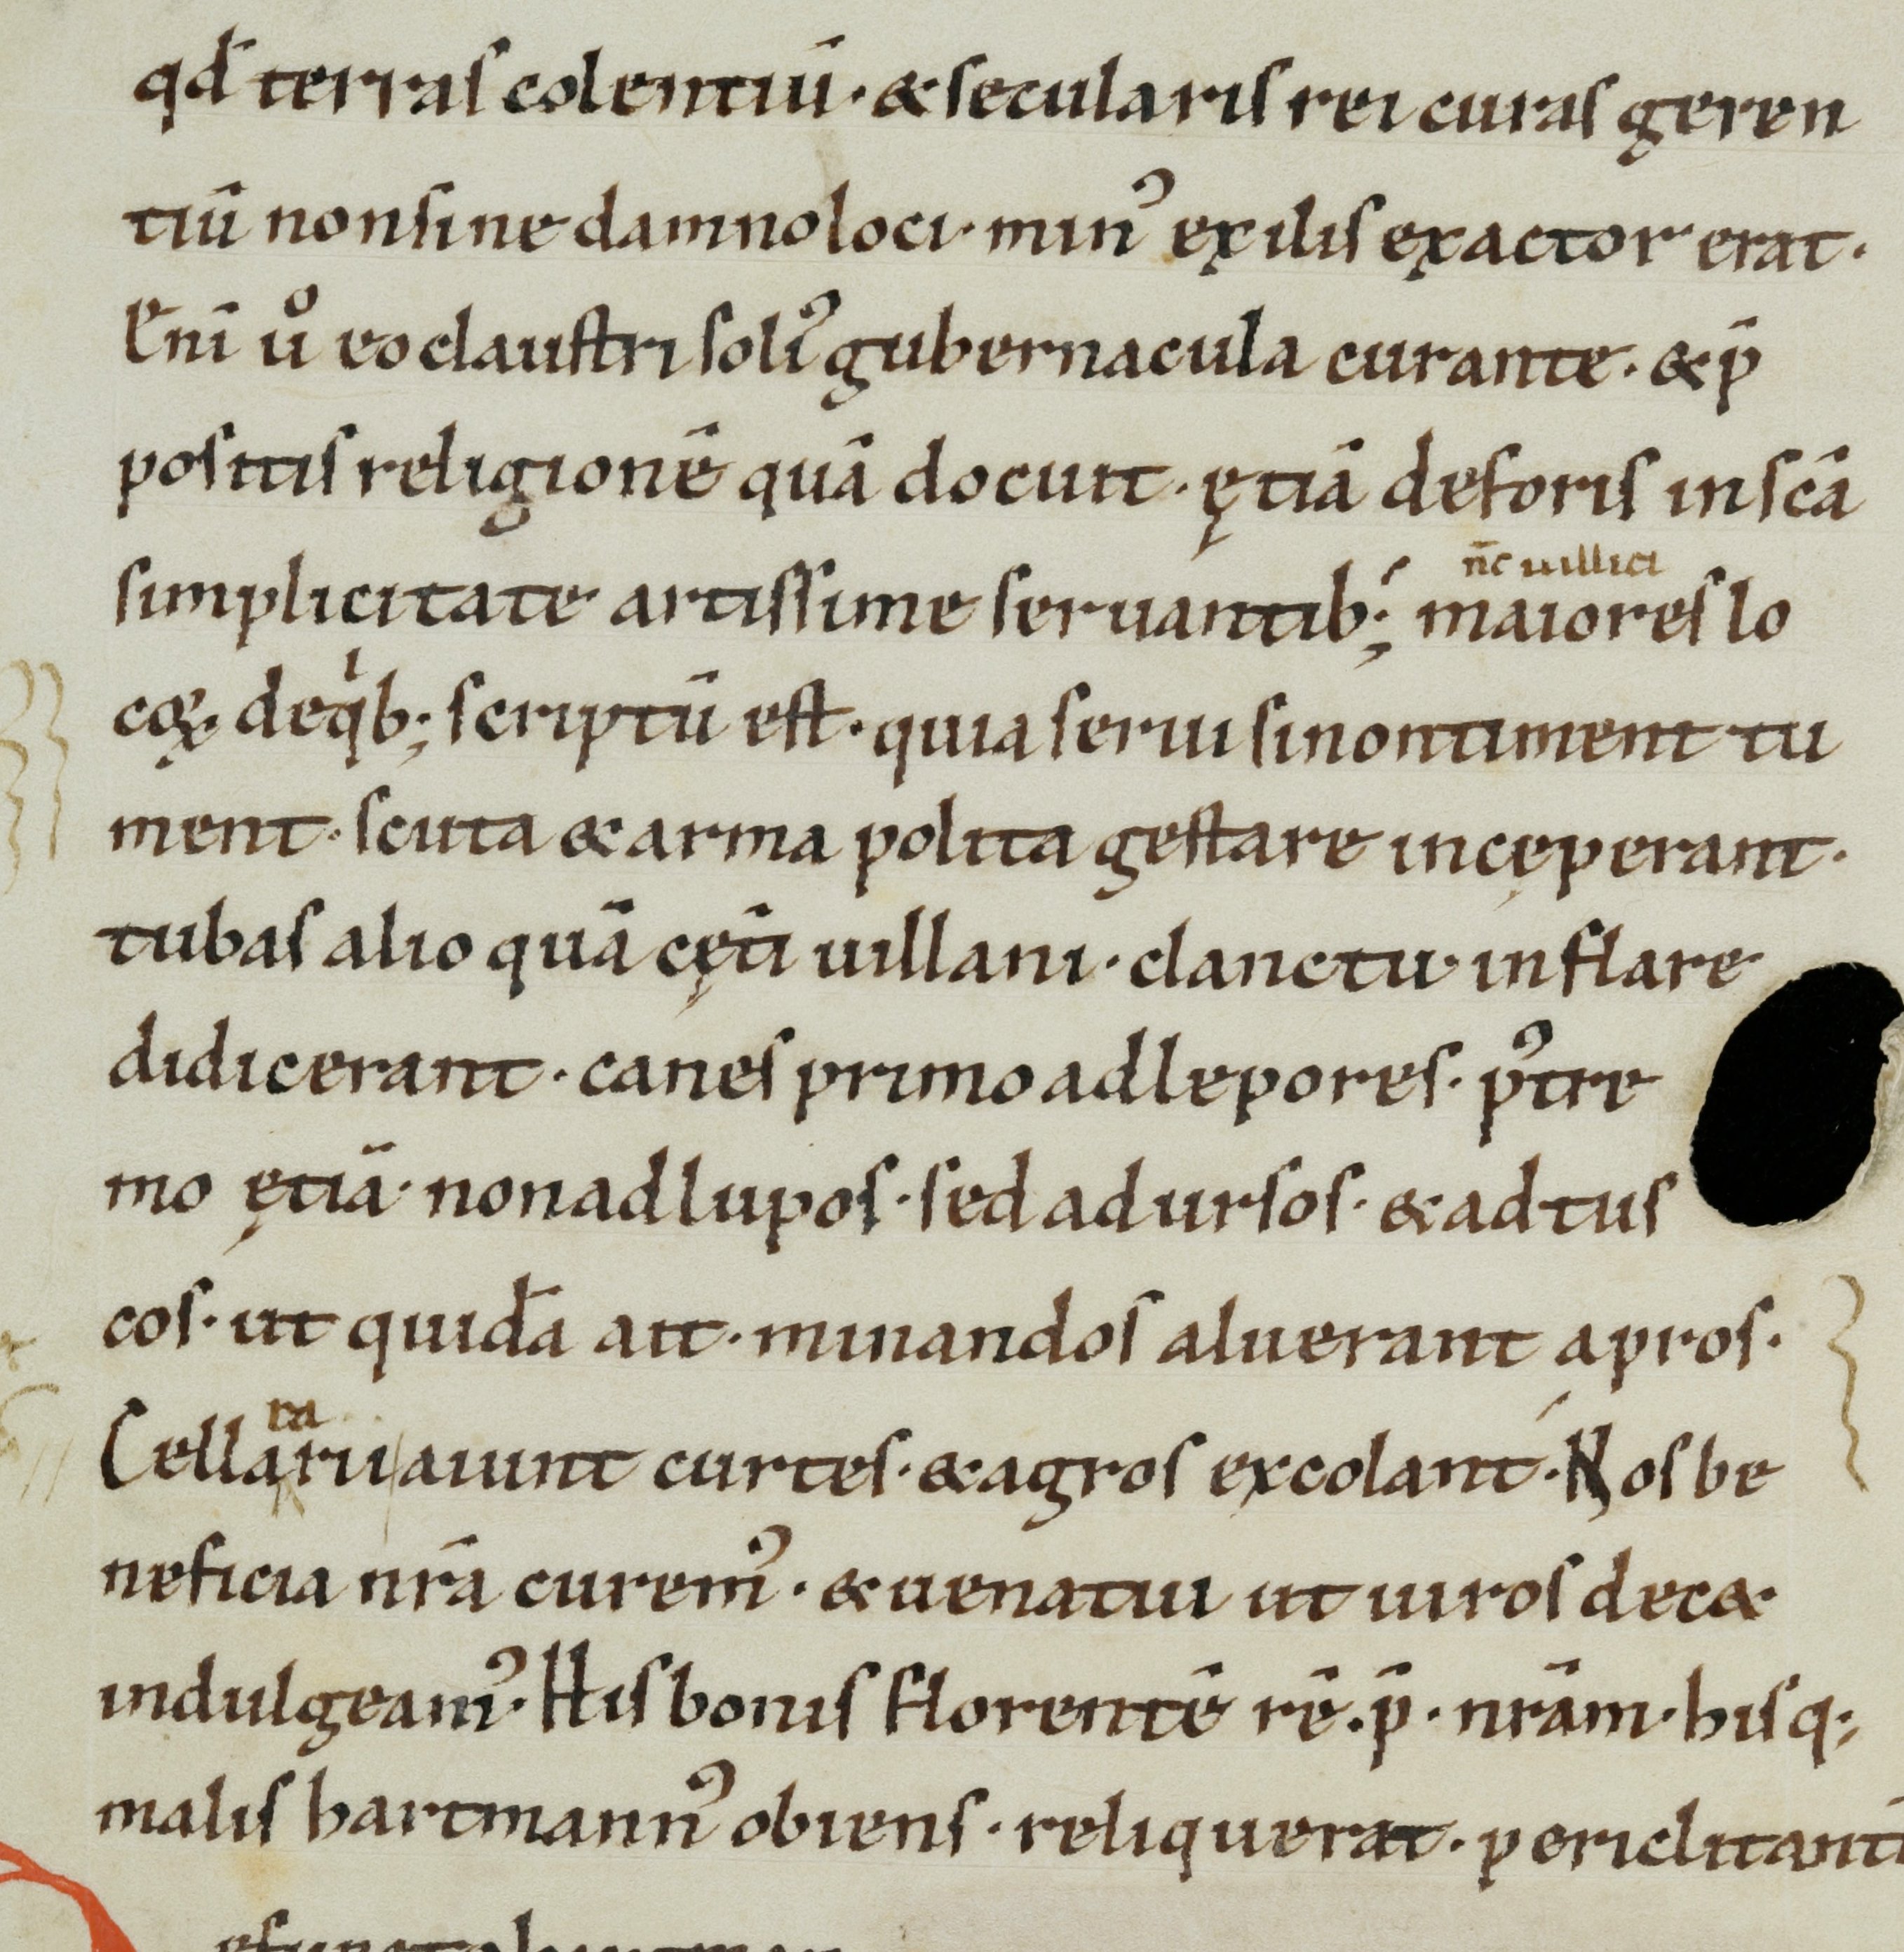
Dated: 1100–1199